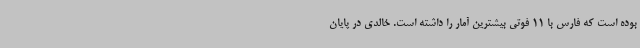
بوده است که فارس با 11 فوتی بیشترین آمار را داشته است. خالدی در پایان